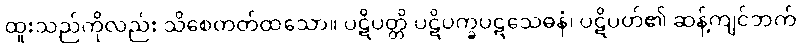
ထူးသည်ကိုလည်း သိစေတတ်ထသော။ ပဋိပတ္တိ ပဋိပက္ခပဋသေဓနံ၊ ပဋိပတ်၏ ဆန့်ကျင်ဘက်